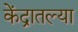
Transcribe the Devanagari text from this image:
केंद्रातल्या